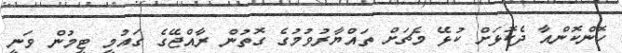
ހޮންކޮންއާ ދެކޮޅަށް ކުޅޭ މެޗަށް ތައްޔާރުވުމުގެ ގޮތުން ރާއްޖޭގެ ގައުމީ ޓީމުން ވަނީ